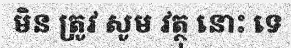
មិន ត្រូវ សូម វត្ថុ នោះ ទេ